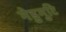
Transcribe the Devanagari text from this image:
नेडुमुटि